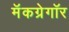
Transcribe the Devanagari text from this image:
मॅकग्रेगॉर